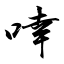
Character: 啈